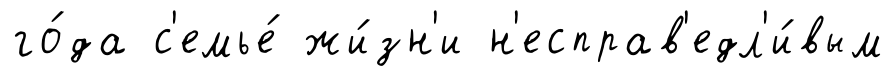
го́да с'емье́ жи́зн'и н'есправ'едл'и́вым